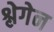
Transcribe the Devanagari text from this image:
श्लेगेन